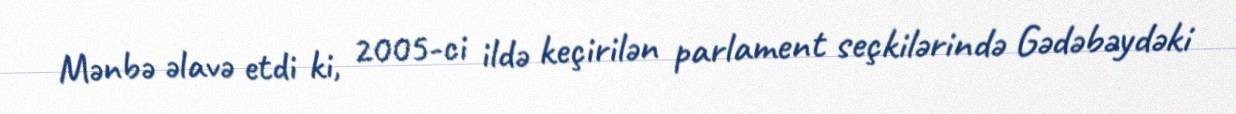
Mənbə əlavə etdi ki, 2005-ci ildə keçirilən parlament seçkilərində Gədəbəydəki